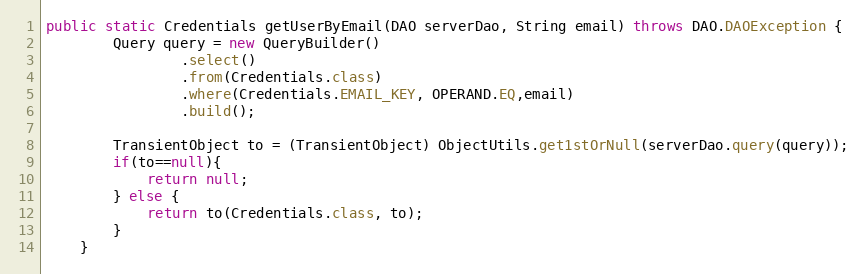
Language: Java
public static Credentials getUserByEmail(DAO serverDao, String email) throws DAO.DAOException {
        Query query = new QueryBuilder()
                .select()
                .from(Credentials.class)
                .where(Credentials.EMAIL_KEY, OPERAND.EQ,email)
                .build();

        TransientObject to = (TransientObject) ObjectUtils.get1stOrNull(serverDao.query(query));
        if(to==null){
            return null;
        } else {
            return to(Credentials.class, to);
        }
    }